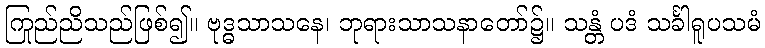
ကြည်ညိုသည်ဖြစ်၍။ ဗုဒ္ဓသာသနေ၊ ဘုရားသာသနာတော်၌။ သန္တံ ပဒံ သင်္ခါရူပသမံ